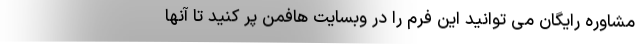
مشاوره رایگان می توانید این فرم را در وبسایت هافمن پر کنید تا آنها